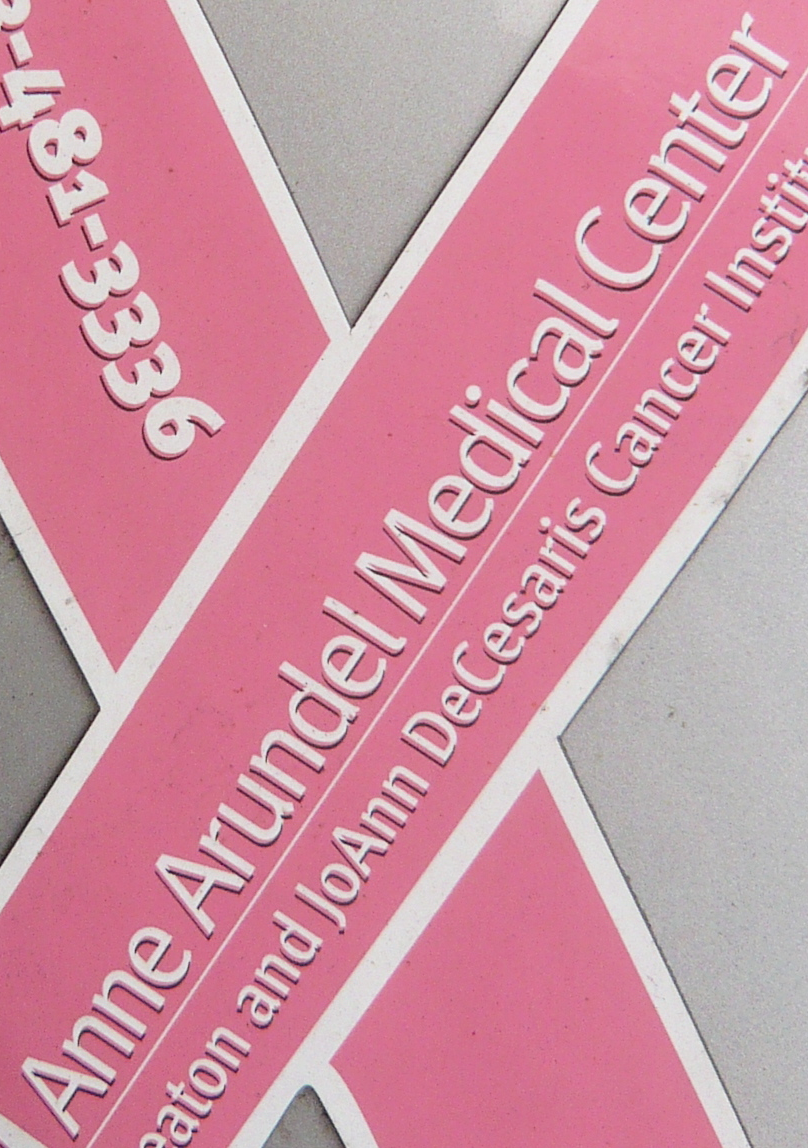
Anne Arundel Medical Center